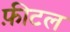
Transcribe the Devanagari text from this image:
फ़ीटल